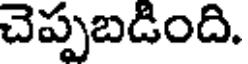
చెప్పబడింది.